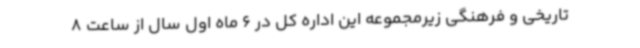
تاریخی و فرهنگی زیرمجموعه این اداره کل در 6‌ ماه اول سال از ساعت 8